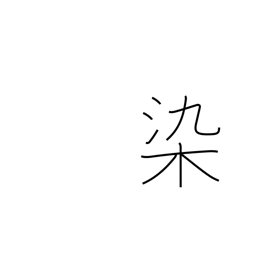
Meaning: stain